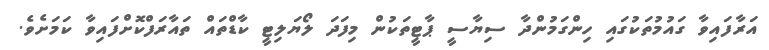
އަރާފައިވާ ގައުމުތަކުގައި ހިންގަމުންދާ ސިޔާސީ ޕާޓީތަކުން މިފަދަ ލޯޔަލިޓީ ކާޑްތައް ތައާރަފްކޮށްފައިވާ ކަމަށެވެ.